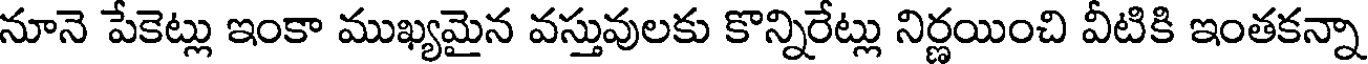
నూనె పేకెట్లు ఇంకా ముఖ్యమైన వస్తువులకు కొన్నిరేట్లు నిర్ణయించి వీటికి ఇంతకన్నా